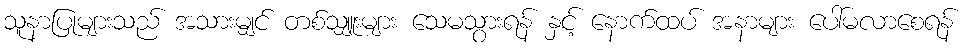
သူနာပြုများသည် အသားမျှင် တစ်သျှူးများ သေမသွားရန် နှင့် နောက်ထပ် အနာများ ပေါ်မလာစေရန်